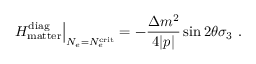
\left. H _ { \mathrm { m a t t e r } } ^ { \mathrm { d i a g } } \right| _ { N _ { e } = N _ { e } ^ { \mathrm { c r i t } } } = - \frac { \Delta m ^ { 2 } } { 4 | p | } \sin 2 \theta \sigma _ { 3 } ~ .